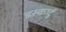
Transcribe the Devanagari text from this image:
इस्कार्दु